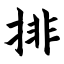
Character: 排